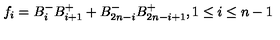
f _ { i } = B _ { i } ^ { - } B _ { i + 1 } ^ { + } + B _ { 2 n - i } ^ { - } B _ { 2 n - i + 1 } ^ { + } , 1 \leq i \leq n - 1